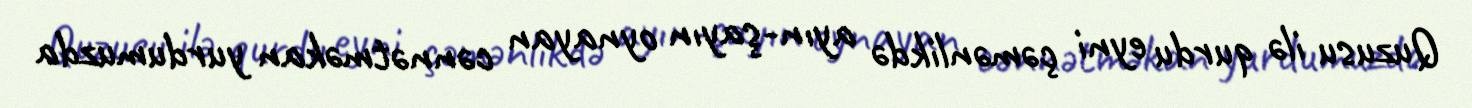
Quzusu ilə qurdu eyni çəmənlikdə ayın-şayın oynayan cənnətməkan yurdumuzda